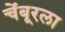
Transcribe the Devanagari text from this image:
चेंबूरला